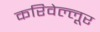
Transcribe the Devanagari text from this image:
करिवेल्लूर